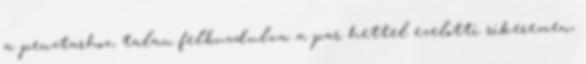
a penztarhoz, talan felbuzdulva a par hettel ezelotti sikeremen,